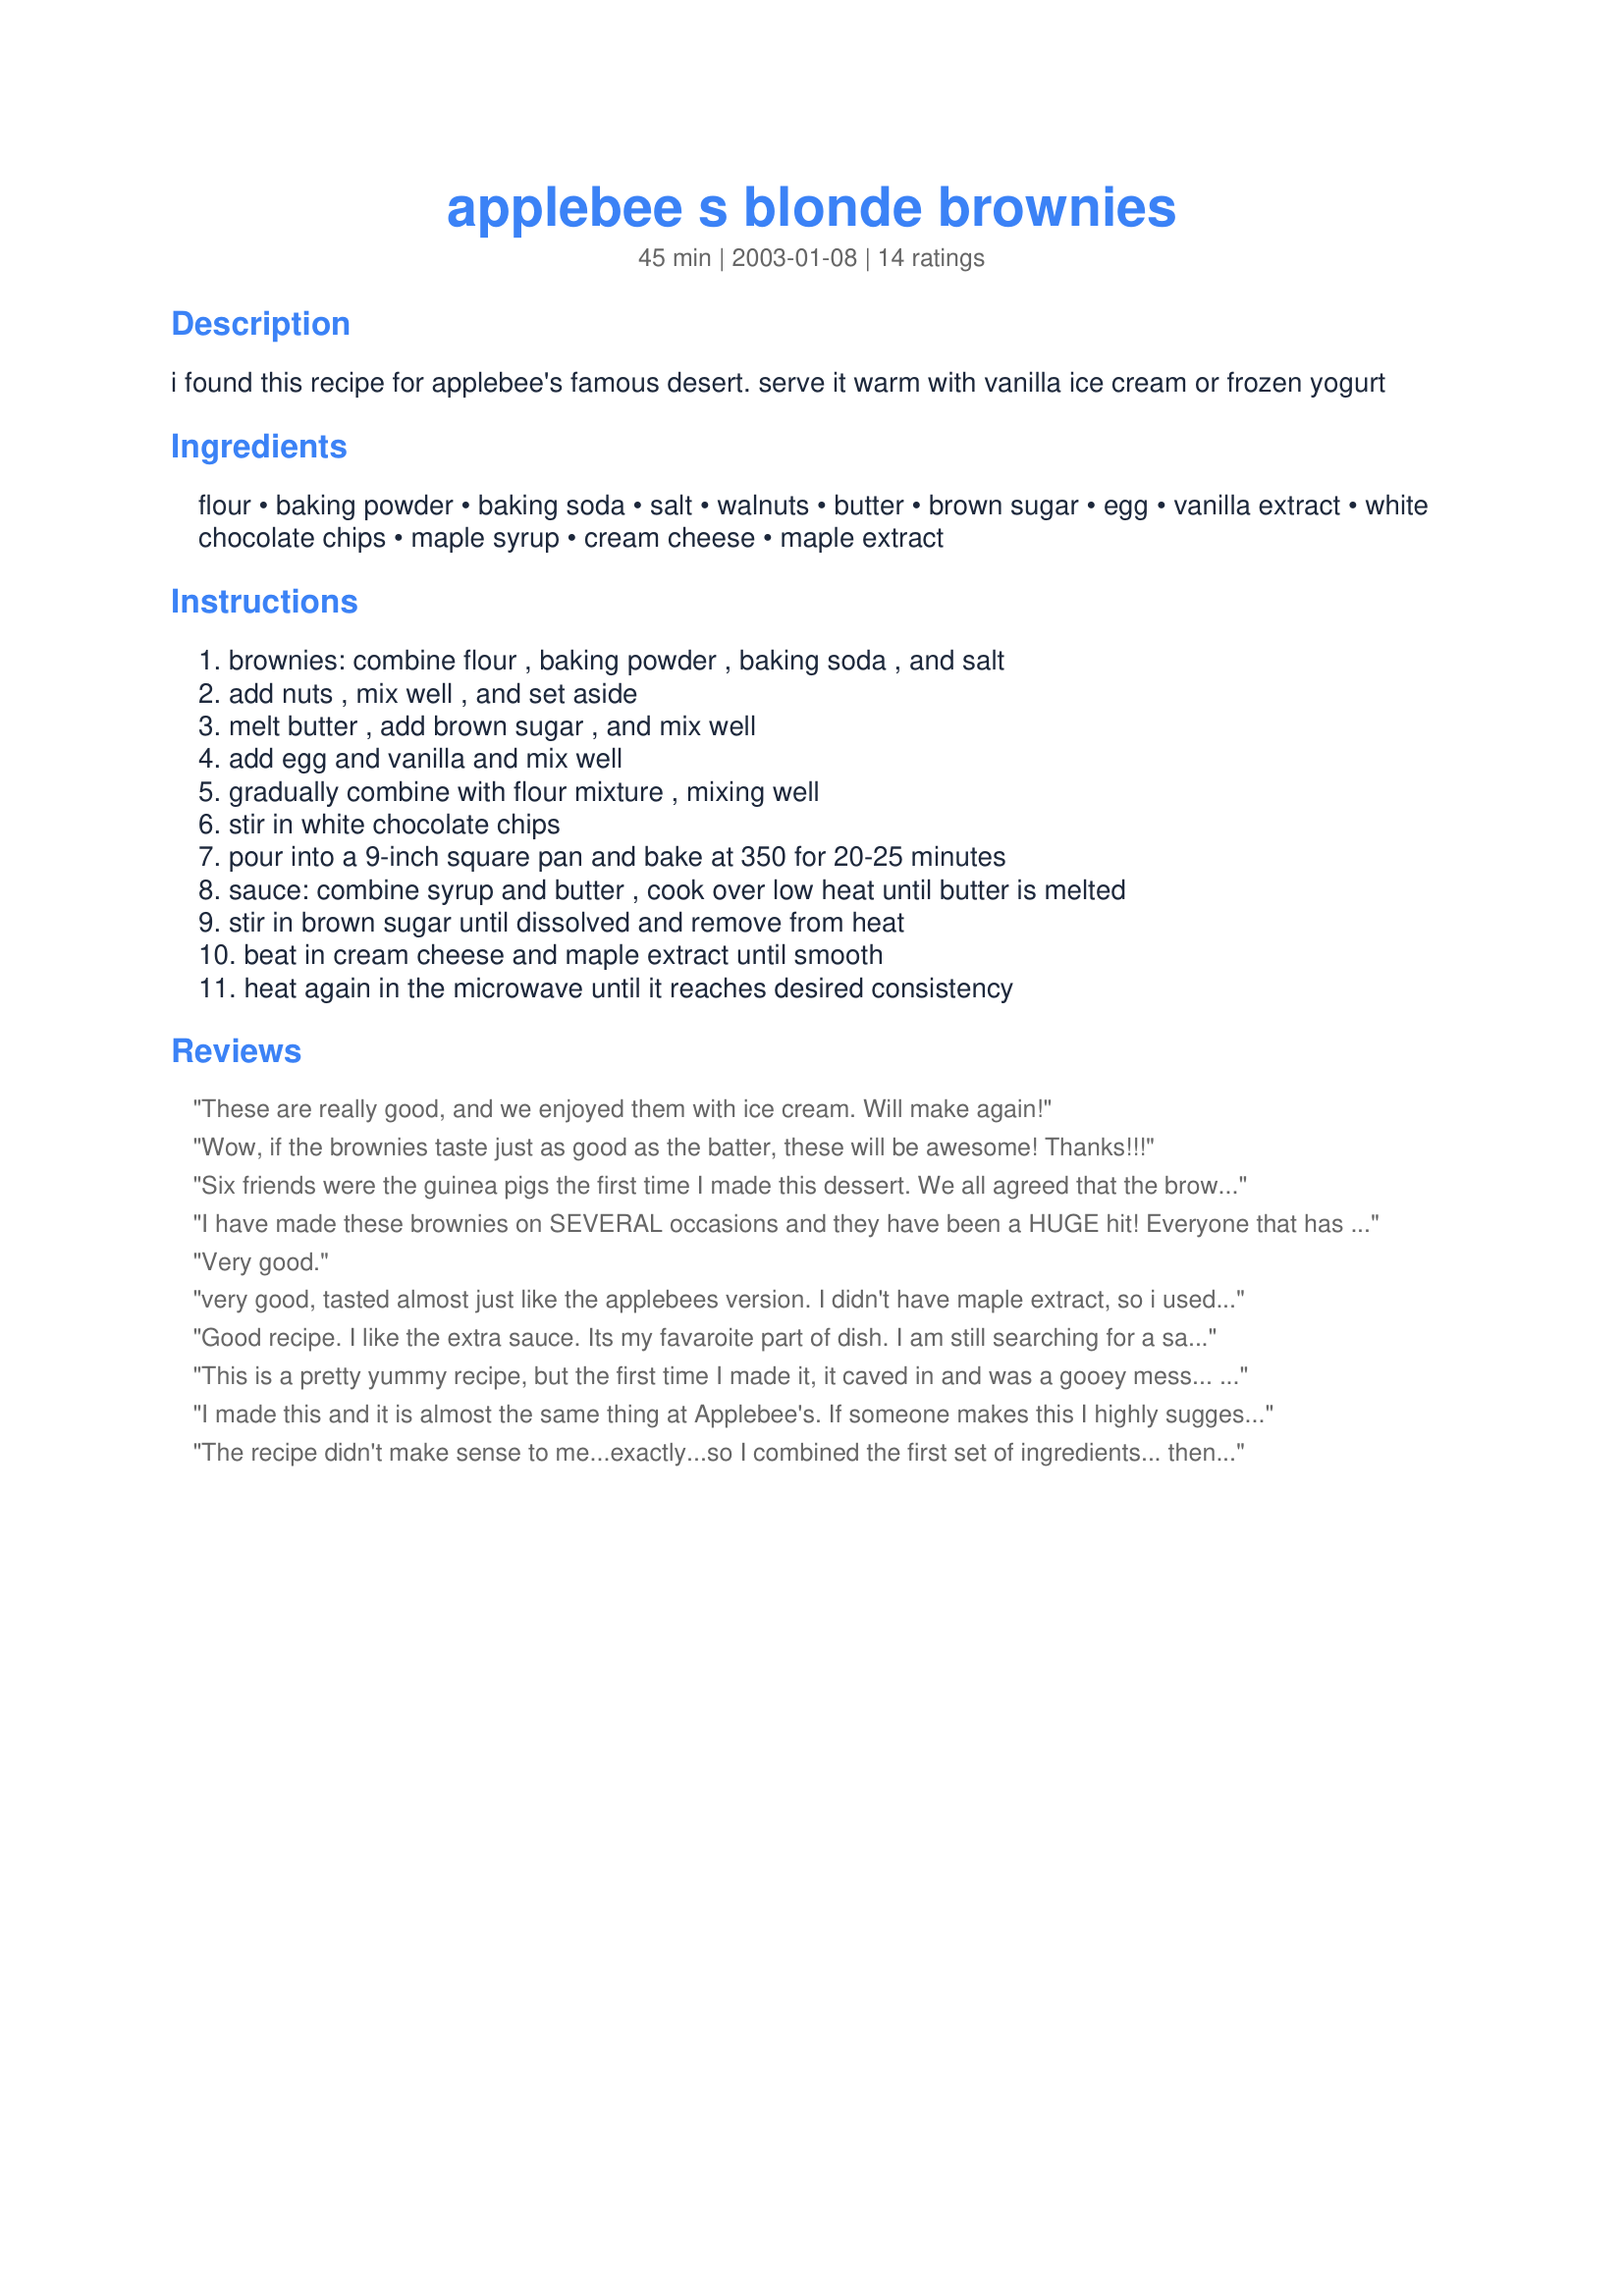
applebee s blonde brownies
Preparation time: 45 minutes

i found this recipe for applebee's famous desert. serve it warm with vanilla ice cream or frozen yogurt

Ingredients:
flour, baking powder, baking soda, salt, walnuts, butter, brown sugar, egg, vanilla extract, white chocolate chips, maple syrup, cream cheese, maple extract

Steps:
brownies: combine flour , baking powder , baking soda , and salt, add nuts , mix well , and set aside, melt butter , add brown sugar , and mix well, add egg and vanilla and mix well, gradually combine with flour mixture , mixing well, stir in white chocolate chips, pour into a 9-inch square pan and bake at 350 for 20-25 minutes, sauce: combine syrup and butter , cook over low heat until butter is melted, stir in brown sugar until dissolved and remove from heat, beat in cream cheese and maple extract until smooth, heat again in the microwave until it reaches desired consistency

Reviews:
These are really good, and we enjoyed them with ice cream. Will make again!
Wow, if the brownies taste just as good as the batter, these will be awesome! Thanks!!!
Six friends were the guinea pigs the first time I made this dessert. We all agreed that the brownies were delicious, but did not taste like the Applebee's version at all -- the texture is not at all the same and the sauce is definitely not like Applebee's! Regardless, the dessert was delicious and I will certainly make it again.
I have made these brownies on SEVERAL occasions and they have been a HUGE hit! Everyone that has tasted them has loved them.
Very good.
very good, tasted almost just like the applebees version. I didn't have maple extract, so i used a lot of extra maple syrup which seemed to make up for it. The brownies were a little dry but still delicious. I suggest maybe greasing the brownie pan also because they kind of stuck to the pan.
Good recipe. I like the extra sauce. Its my favaroite part of dish. I am still searching for a sauce that is closer to applebees any suggestions?
This is a pretty yummy recipe, but the first time I made it, it caved in and was a gooey mess... So the second time around, i didn't pack the brown sugar in the brownies, and it resulted in a much nicer brownie. Also, I think there is a mis-print for the sauce, it lists the maple syrup and butter under the brownies ingredients. The sauce is good, but very very rich and even after 2 pans of brownies being devoured in our home, there is still over half a batch of sauce left. so I reccommend cutting down the sauce recipe at least by half.
I made this and it is almost the same thing at Applebee's. If someone makes this I highly suggest to serve it with vanilla ice cream! There is a lil too much sauce, but this receipe is very good.
The recipe didn't make sense to me...exactly...so I combined the first set of ingredients... then mixed the next set... then mixed them together and baked them... I will let you know how they turned out..... :) The brownies
turned out very moist and tender
this way...I added a caramel sauce
that I made with brown sugar, butter, half and half and 
vanilla. The combination was
obviously well received as they
went very fast. :)
I made these for a party one night, and everyone loved them. Now I get asked to make them all the time. They do taste just like Applebee's Blonde Brownies. Thanks for the recipe! : )
Dish definitely needs to be greased.
Recipe makes way too much sauce. A half recipe would suffice.
I thought the cream cheese sounded odd in it, and I was right - the sauce is nothing like the Applebee's sauce, so I wouldn't call this the Applebee's recipe by any means.
The brownie part was moist and good.
I made this recipe for 150 people for a church banquet. The dessert was a favorite for many especially the sauce. I did submit a correction on when the sauce ingredients begin. Sauce begins with the 1/2 c maple syrup and 1/4 butter. My daughter loves the sauce as a fruit dip!
I agree with greasing the pan--they stuck all around the edges. But they tasted delicious. We didn't have any ice cream on hand when I made them, but my husband is looking forward to the next time and feels it would be a wonderful complement. We never tasted these at Applebee's, but we really enjoyed them here at home.
